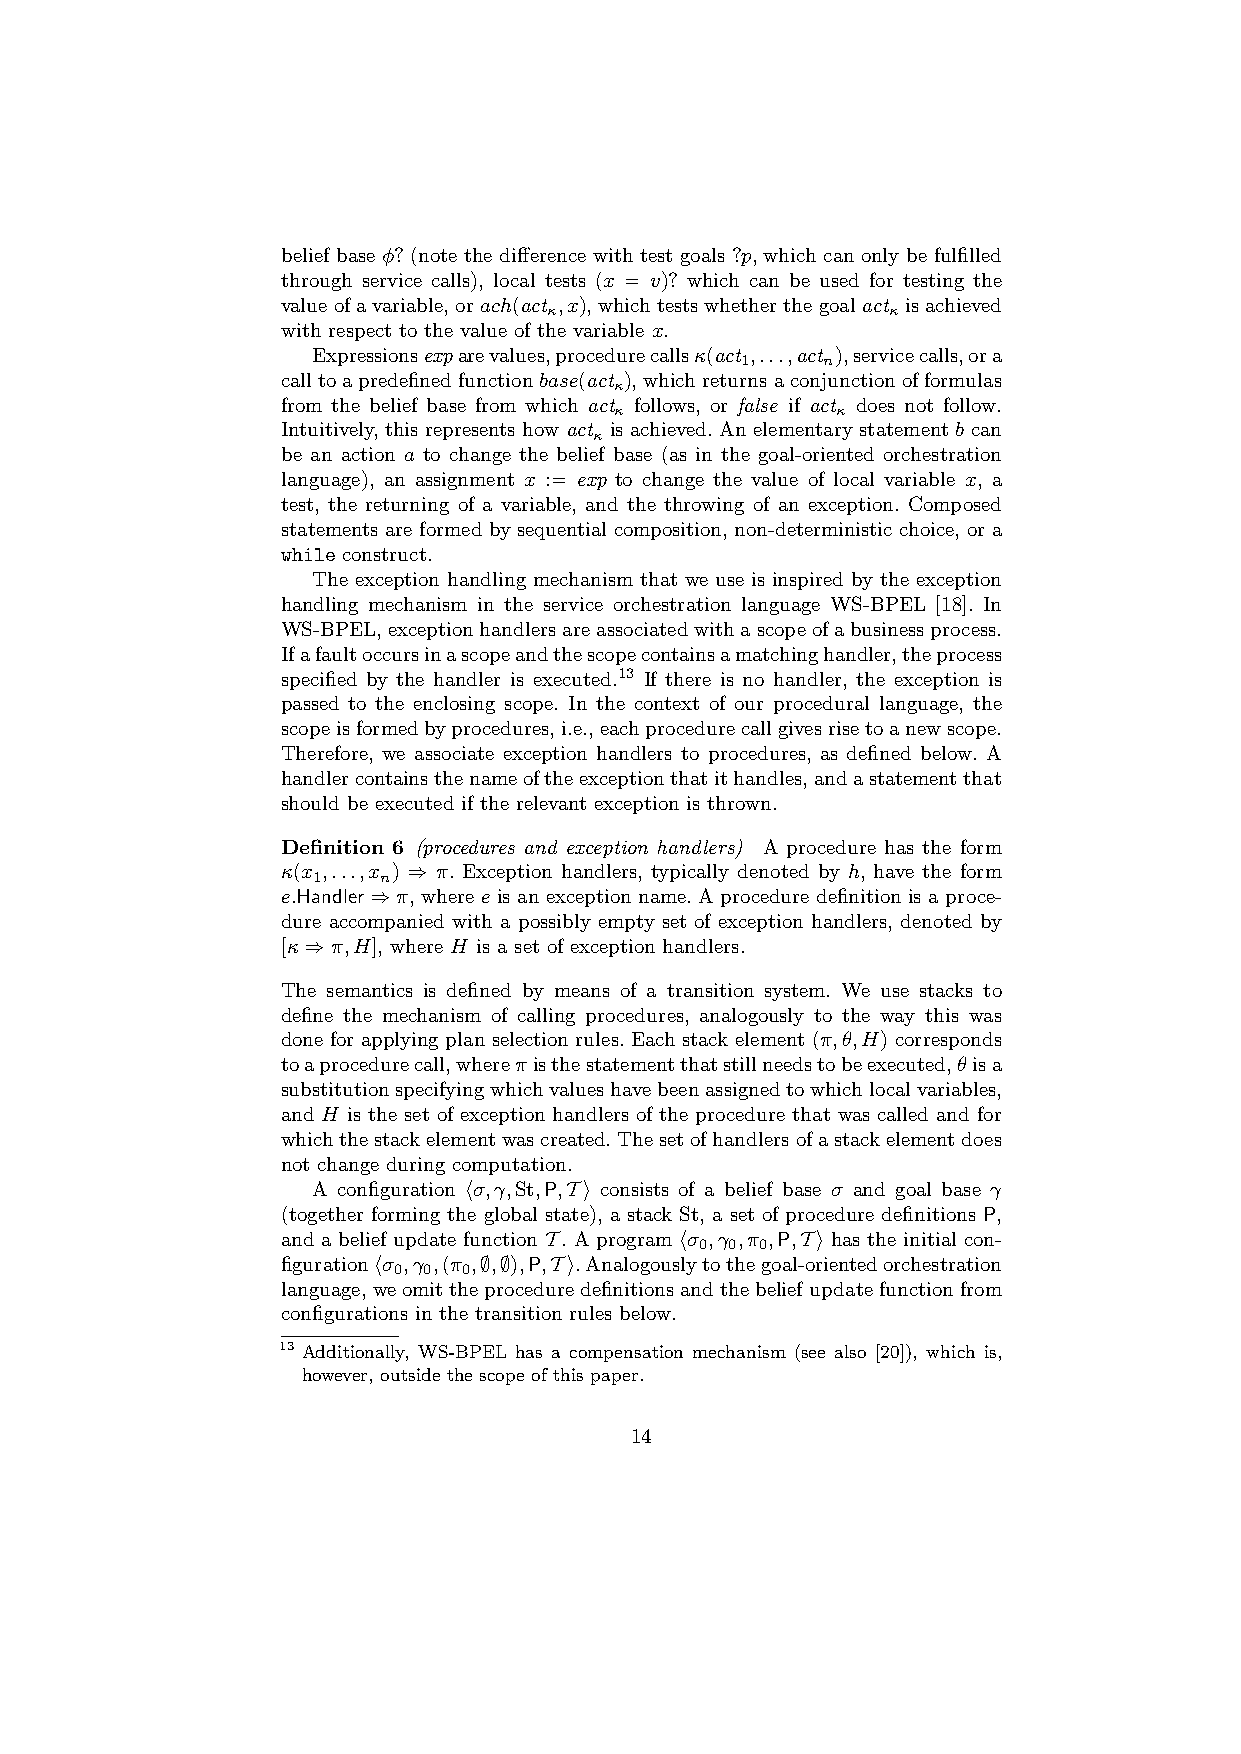
belief base φ? (note the difference with test goals ?p, which can only be fulfilled
 through service calls), local tests (x = v)? which can be used for testing the
 valueofavariable,orach(act ,x),whichtestswhetherthegoalact isachieved
 κ                      κ
 with respect to the value of the variable x.
 Expressionsexparevalues,procedurecallsκ(act ,...,act ),servicecalls,ora
 1    n
 calltoapredefinedfunctionbase(act ),whichreturnsaconjunctionofformulas
 κ
 from the belief base from which act follows, or false if act does not follow.
 κ             κ
 Intuitively, this represents how act is achieved. An elementary statement b can
 κ
 be an action a to change the belief base (as in the goal-oriented orchestration
 language), an assignment x := exp to change the value of local variable x, a
 test, the returning of a variable, and the throwing of an exception. Composed
 statements are formed by sequential composition, non-deterministic choice, or a
 while construct.
 The exception handling mechanism that we use is inspired by the exception
 handling mechanism in the service orchestration language WS-BPEL [18]. In
 WS-BPEL,exceptionhandlersareassociatedwithascopeofabusinessprocess.
 Ifafaultoccursinascopeandthescopecontainsamatchinghandler,theprocess
 specified by the handler is executed.13 If there is no handler, the exception is
 passed to the enclosing scope. In the context of our procedural language, the
 scopeisformedbyprocedures,i.e.,eachprocedurecallgivesrisetoanewscope.
 Therefore, we associate exception handlers to procedures, as defined below. A
 handlercontainsthenameoftheexceptionthatithandles,andastatementthat
 should be executed if the relevant exception is thrown.
 Definition 6 (procedures and exception handlers) A procedure has the form
 κ(x ,...,x ) ⇒ π. Exception handlers, typically denoted by h, have the form
 1   n
 e.Handler⇒π, where e is an exception name. A procedure definition is a proce-
 dure accompanied with a possibly empty set of exception handlers, denoted by
 [κ⇒π,H], where H is a set of exception handlers.
 The semantics is defined by means of a transition system. We use stacks to
 define the mechanism of calling procedures, analogously to the way this was
 done for applying plan selection rules. Each stack element (π,θ,H) corresponds
 toaprocedurecall,whereπisthestatementthatstillneedstobeexecuted,θisa
 substitutionspecifyingwhichvalueshavebeenassignedtowhichlocalvariables,
 and H is the set of exception handlers of the procedure that was called and for
 whichthestackelementwascreated.Thesetofhandlersofastackelementdoes
 not change during computation.
 A configuration hσ,γ,St,P,Ti consists of a belief base σ and goal base γ
 (together forming the global state), a stack St, a set of procedure definitions P,
 and a belief update function T. A program hσ ,γ ,π ,P,Ti has the initial con-
 0 0 0
 figurationhσ ,γ ,(π ,∅,∅),P,Ti.Analogouslytothegoal-orientedorchestration
 0 0  0
 language,weomittheproceduredefinitionsandthebeliefupdatefunctionfrom
 configurations in the transition rules below.
 13 Additionally, WS-BPEL has a compensation mechanism (see also [20]), which is,
 however, outside the scope of this paper.
 14